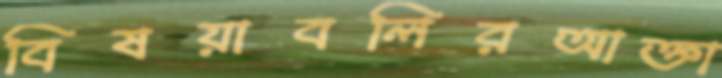
বিষয়াবলিরআক্তা